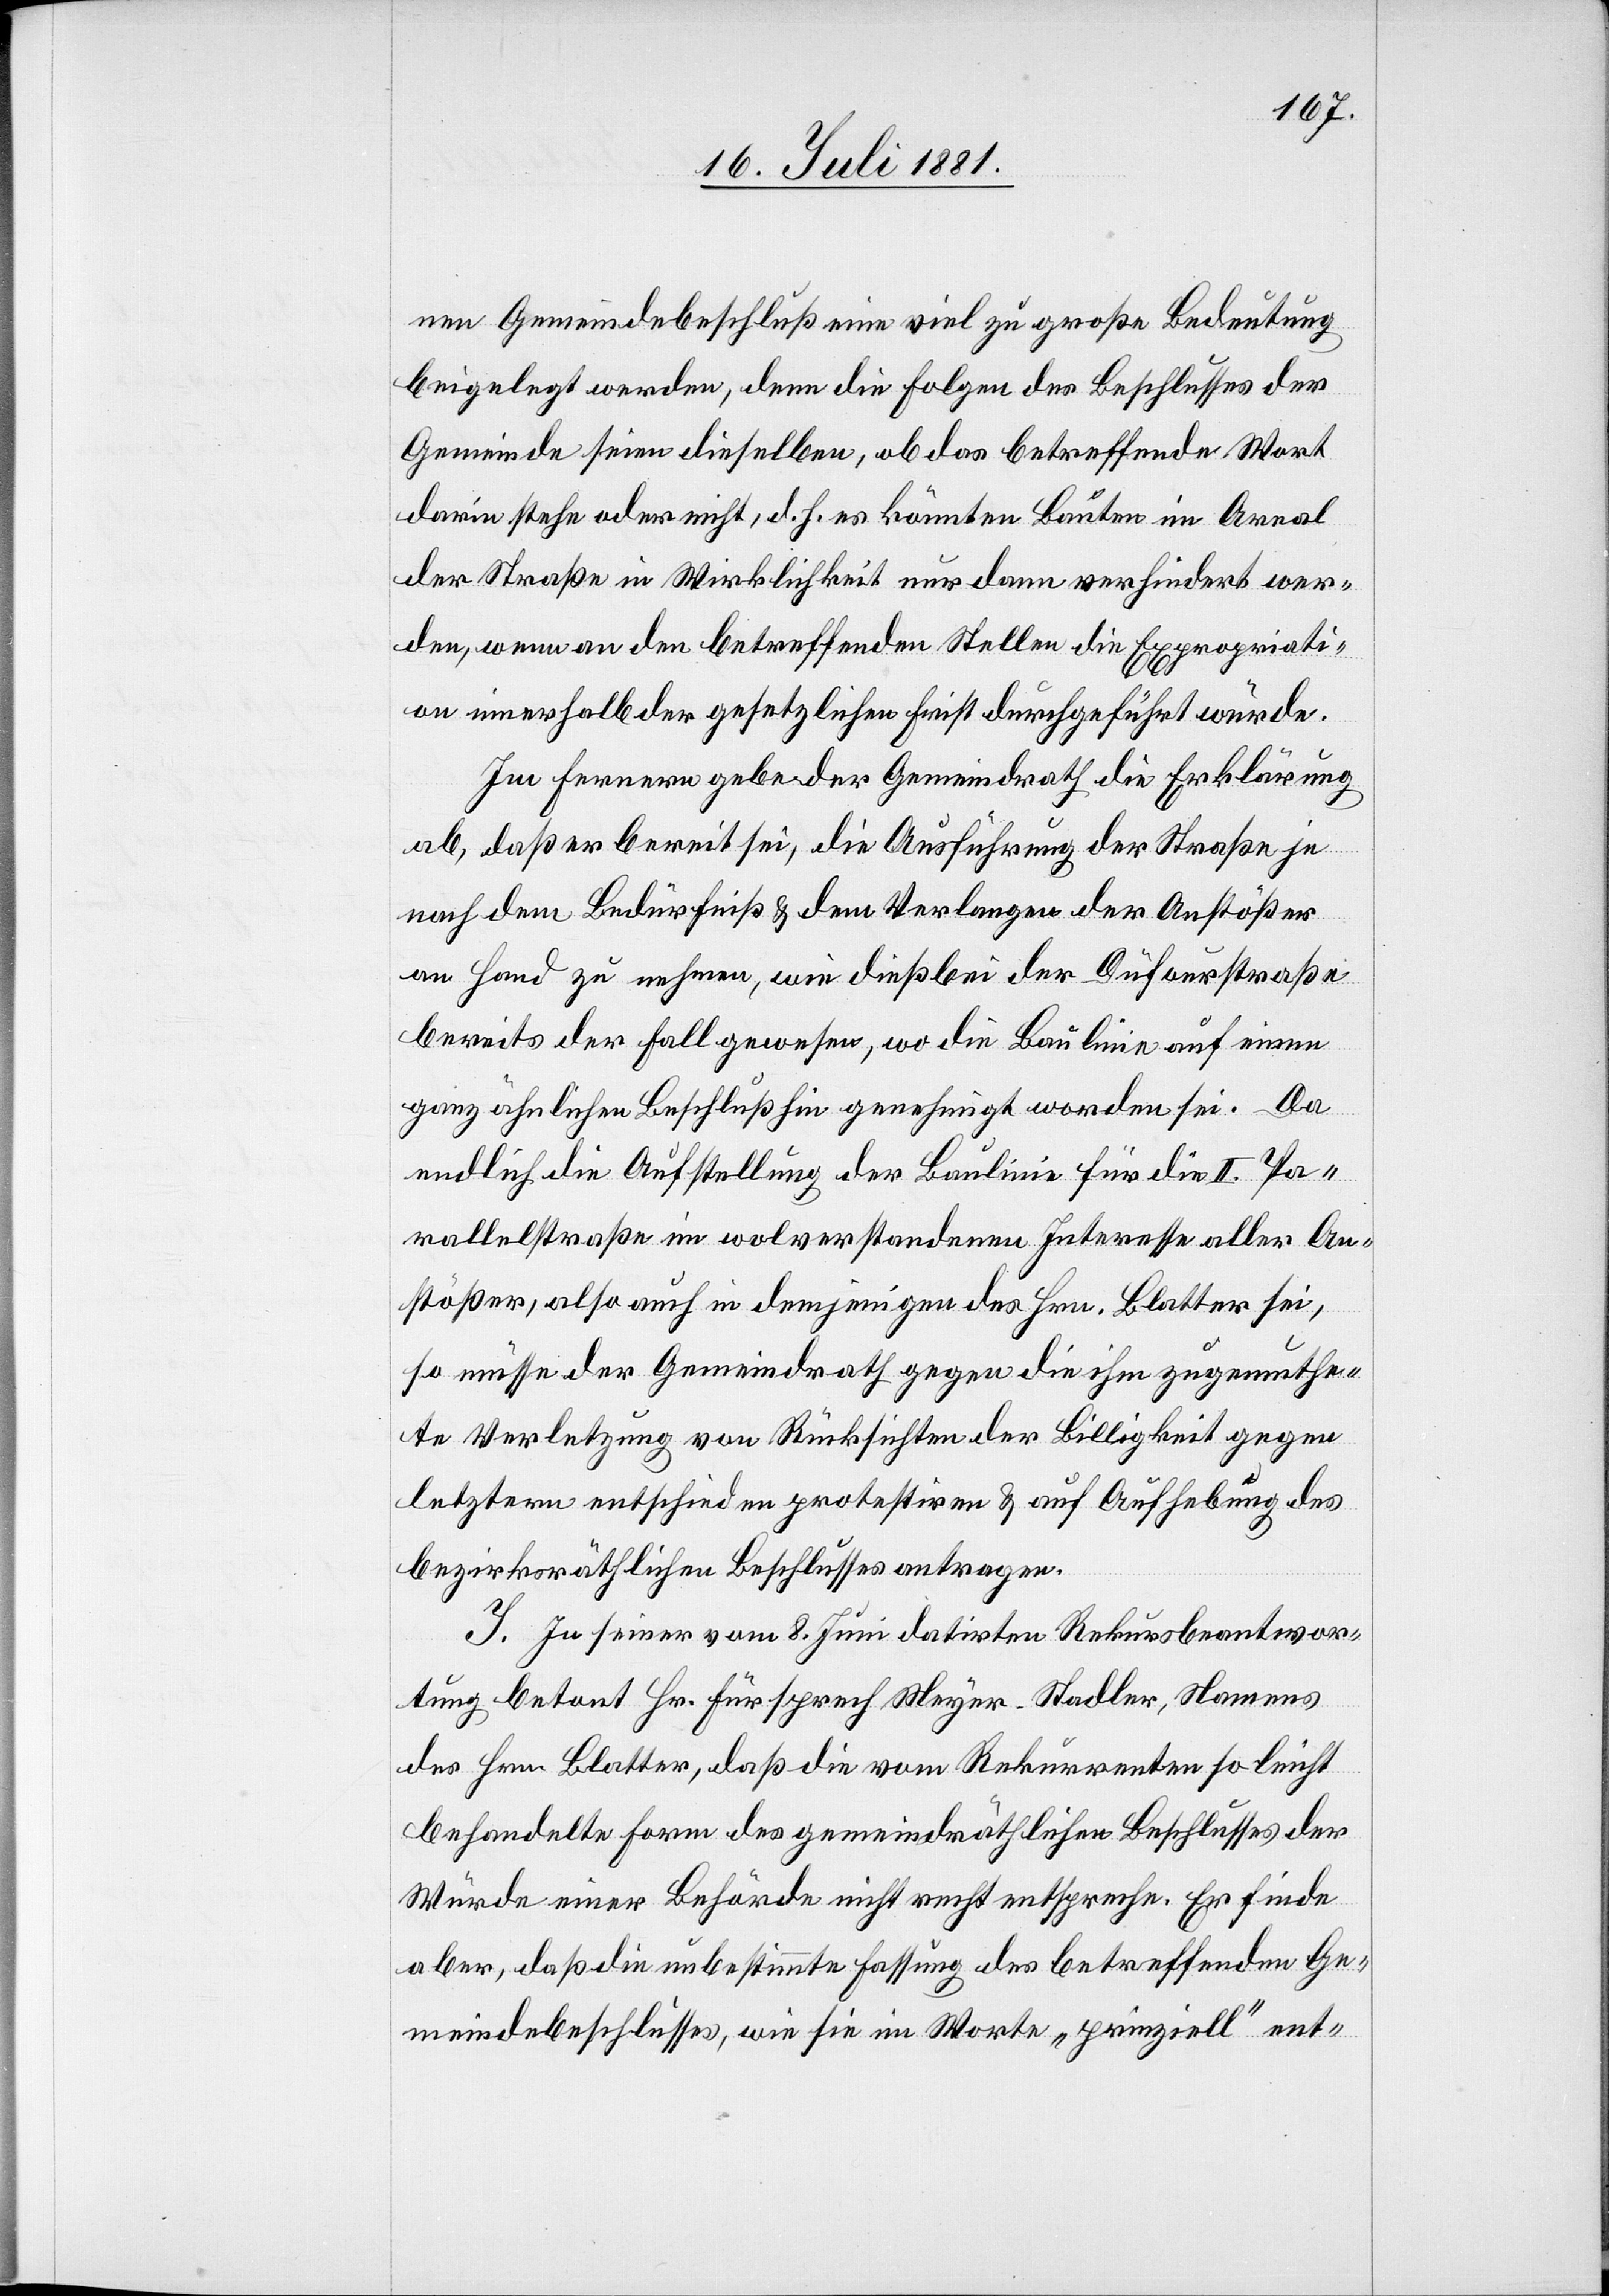
nen Gemeindebeschluß eine viel zu große Bedeutung
beigelegt werden, denn die Folgen des Beschlusses der
Gemeinde seien dieselben, ob das betreffende Wort
darin stehe oder nicht, d. h. es könnten Bauten im Areal
der Straße in Wirklichkeit nur dann verhindert wer¬
den, wenn an den betreffenden Stellen die Expropriati¬
on innerhalb der gesetzlichen Frist durchgeführt würde.
Im Fernern gebe der Gemeindrath die Erklärung
ab, daß er bereit sei, die Ausführung der Straße je
nach dem Bedürfniß & dem Verlangen der Anstößer
an Hand zu nehmen, wie bei der Dufourstraße
bereits der Fall gewesen, wo die Baulinie auf einen
ganz ähnlichen Beschluß hin genehmigt worden sei. Da
endlich die Aufstellung der Baulinie für die II. Pa¬
rallelstraße im wolverstandenen Interesse aller An¬
stößer, also auch in demjenigen des Hrn. Blatter sei,
so müsse der Gemeindrath gegen die ihm zugemuthe¬
te Verletzung von Rücksichten der Billigkeit gegen
letztern entschieden protestiren & auf Aufhebung des
bezirksräthlichen Beschlusses antragen.
I. In seiner vom 8. Juni datirten Rekursbeantwor¬
tung betont Hr. Fürsprech Meyer-Stadler, Namens
des Hrn. Blatter, daß die vom Rekurrenten so leicht
behandelte Form des gemeindräthlichen Beschlusses der
Würde einer Behörde nicht recht entspreche. Er finde
aber, daß die unbestimmte Fassung des betreffenden Ge¬
meindebeschlusses, wie sie im Worte „prinzipiell“ ent-